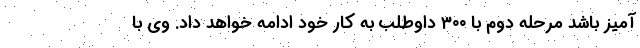
آمیز باشد مرحله دوم با ۳۰۰ داوطلب به کار خود ادامه خواهد داد. وی با